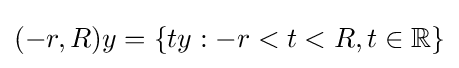
(-r,R)y=\{ty:-r<t<R,t\in \mathbb {R} \}